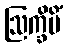
ဩက္ခိပိံ